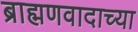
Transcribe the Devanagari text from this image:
ब्राह्मणवादाच्या